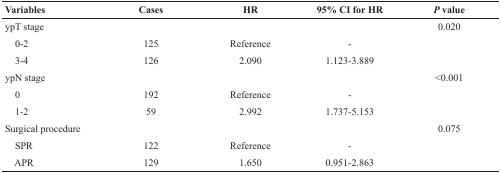
| Variables | Cases | HR | 95% CI for HR | P value |
 | --- | --- | --- | --- | --- |
 | ypT stage |  |  |  | 0.020 |
 | 0-2 | 125 | Reference | - |  |
 | 3-4 | 126 | 2.090 | 1.123-3.889 |  |
 | ypN stage |  |  |  | <0.001 |
 | 0 | 192 | Reference | - |  |
 | 1-2 | 59 | 2.992 | 1.737-5.153 |  |
 | Surgical procedure |  |  | 0.075 |  |
 | SPR | 122 | Reference | - |  |
 | APR | 129 | 1.650 | 0.951-2.863 |  |